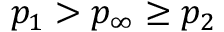
p _ { 1 } > p _ { \infty } \geq p _ { 2 }